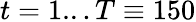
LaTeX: t=1...T\equiv 150